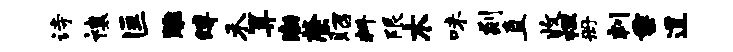
诗禳匡雕缚禾算渤綮昭料限木味剡直收袒册判垂道